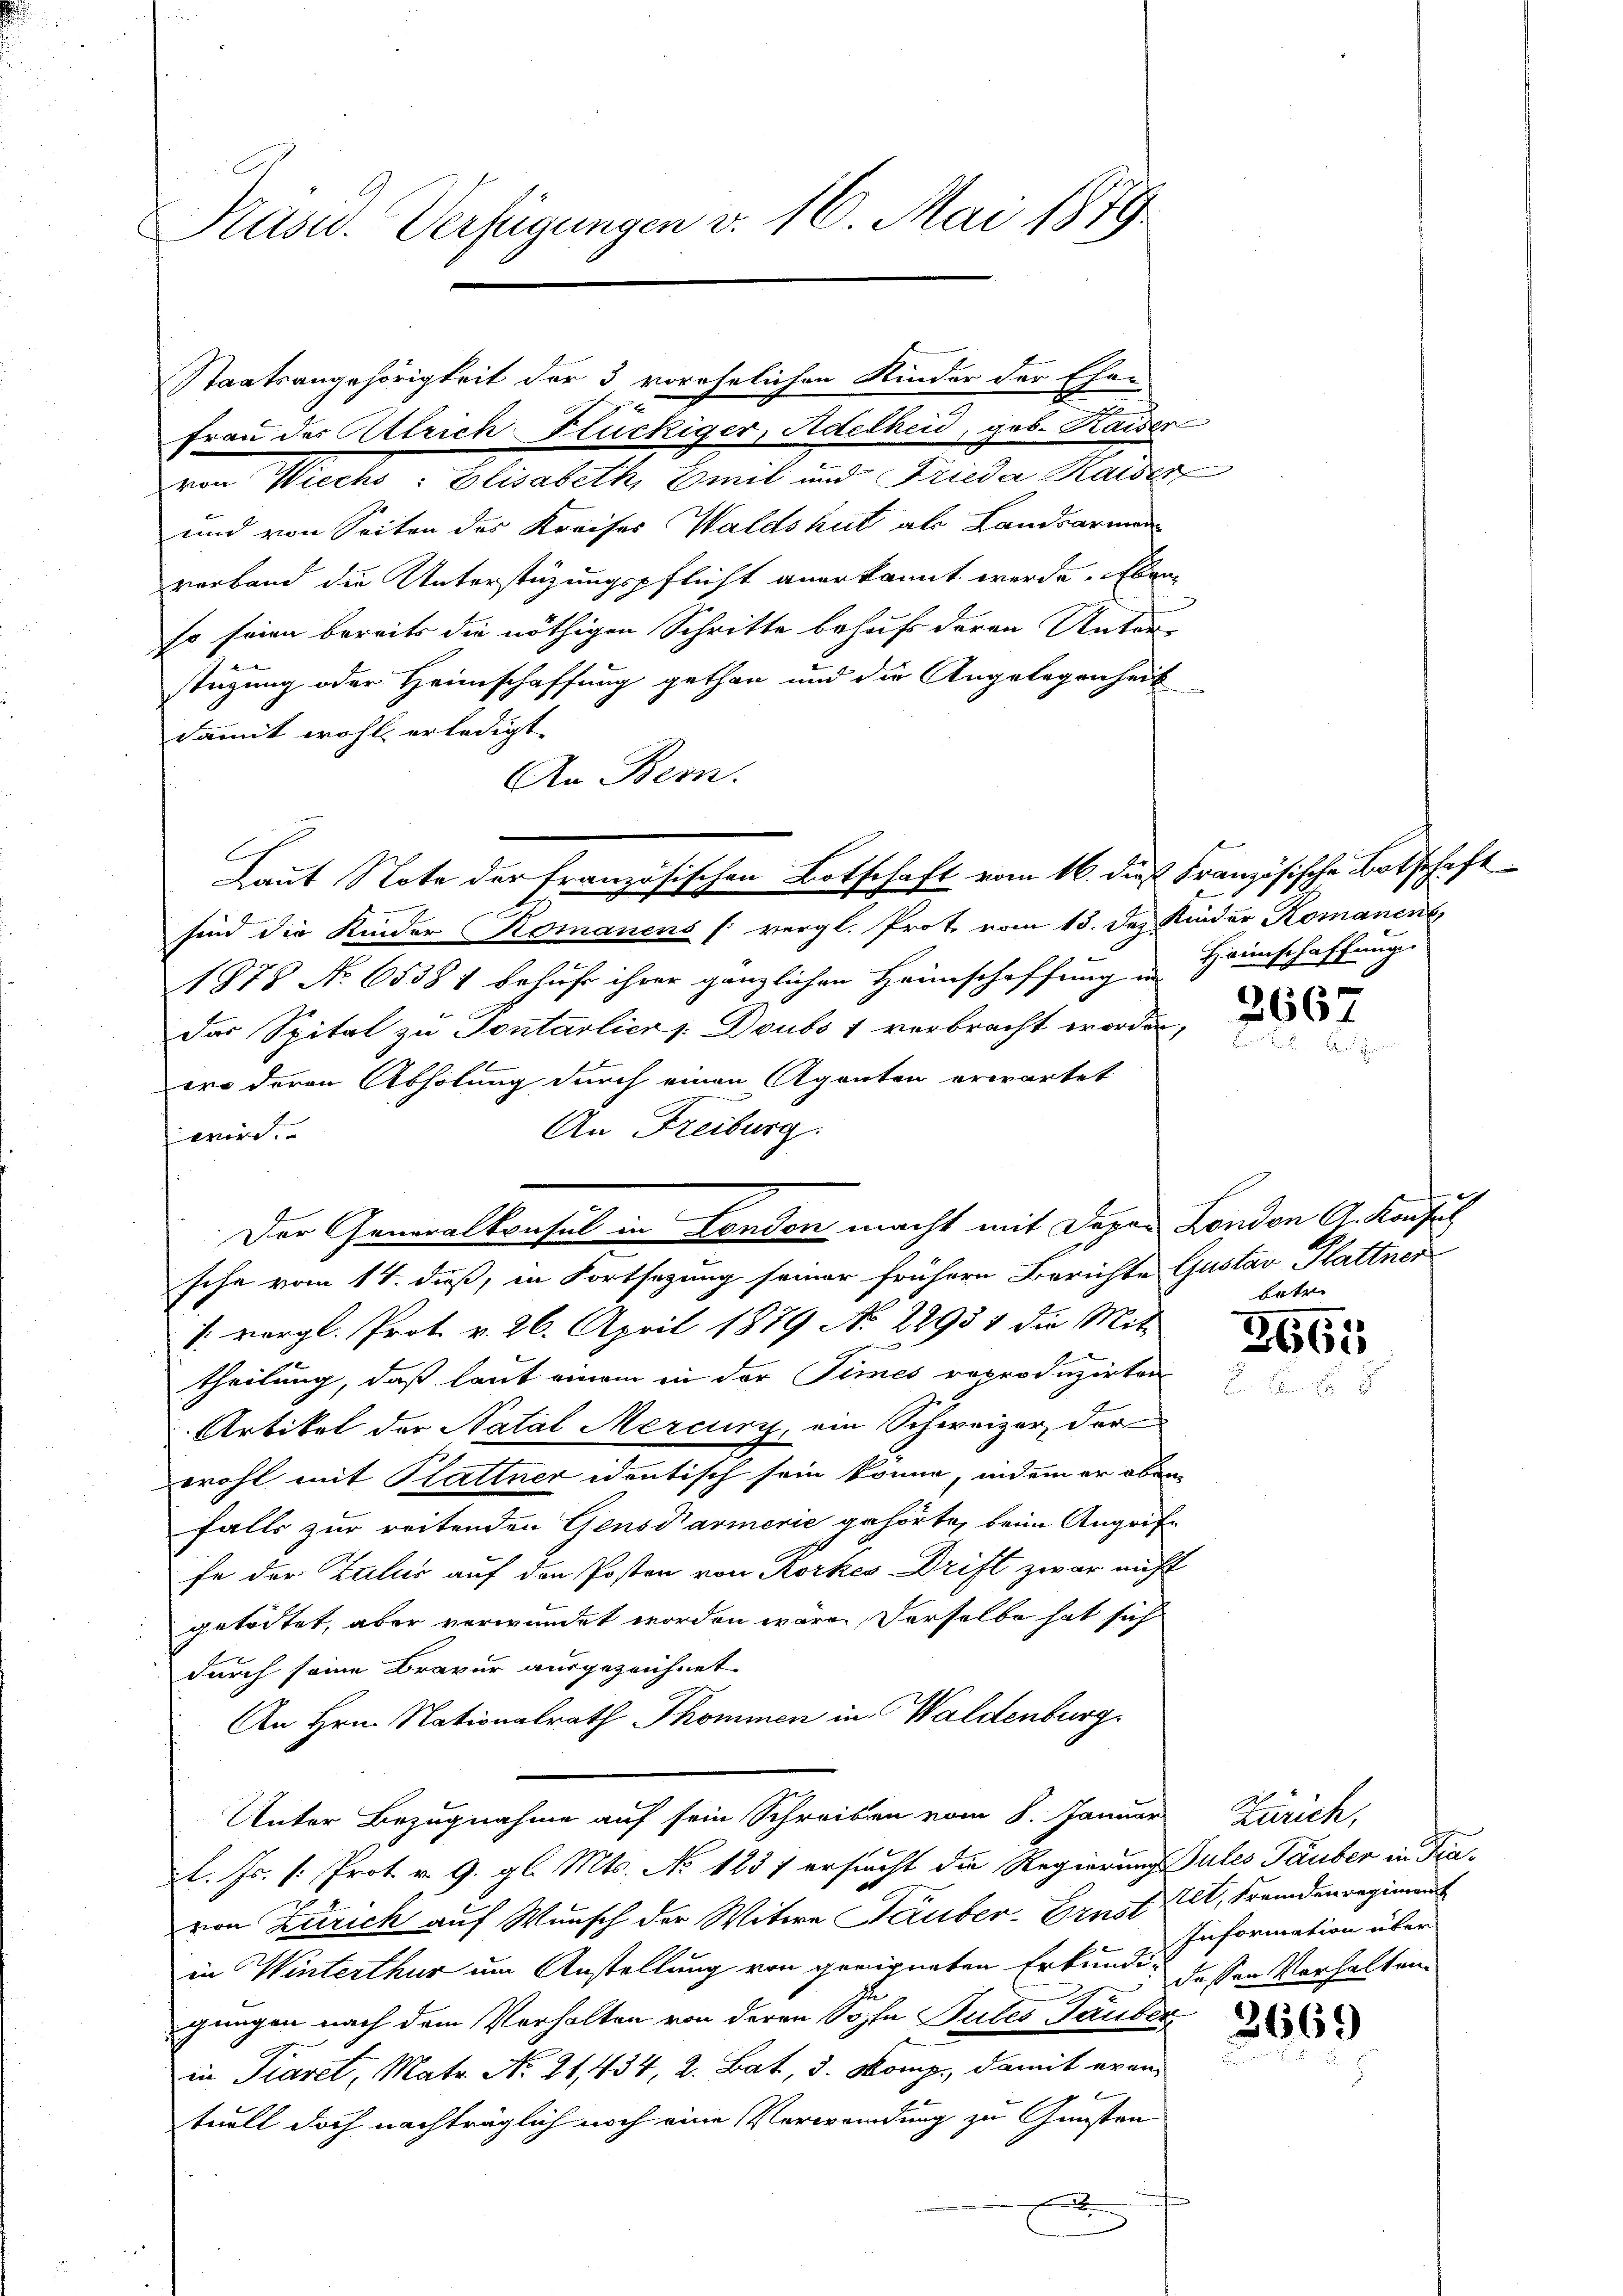
Pasid. Verfügungen v. 16. Mai 1879.

von Wiechs: Elisabeth, Emil und Frieda Kaiser
und von Seiten des Kreises Waldshut als Landsarmen
verband die Unterstüzungspflicht anerkannt werde. Eben
so seien bereits die nöthigen Schritte behufs deren Unter-
stüzung oder Heimschaffung gethan und die Angelegenheit
damit wohl erledigt.
An Bern.
C.
sind die Kinder Komanens (vergl. Prot. vom 13. dez. Kinder Komanen
1878 No. 65381 behuf ihrer gänzlichen Heimschaffung in
das Spital zu Pontarliers. Doubs 1 verbracht worden,
ero deren Abholung durch einen Agenten erwartet
An Freiburg.
wird.
sche vom 14. dieß, in Fortsazung seiner frühern Berichte Gustav Plattner
/. vergl. Prot. v. 26. April 1879 No 22931 die Mit-
theilung, daß laut einem in der Times reproduzirten
Artikel der Natal Mercurz, ein Schweizer der
wohl mit Plattner identisch sein könne, indem er aben
falls zur reitenden Gensdarmerie gehörte, beim Angriffe der Talić auf den Posten von Korkes Drift zwar nicht
getödtet, aber verwundet worden wären, derselbe hat sich
durch seine Bravur ausgezeichnet.
An Hrn. Nationalrath Thommen in Waldenburg.
Unter Bezugnahme auf sein Schreiben vom 8. Januar Zürich,
l. Js. (: Prot. v. 9. gl. Mts. No 1237 ersucht die Regierung Gules Tauber in Fravon Zürich auf Wunsch der Witwe Tauber-Ernst et, Fremdenregiment
in Winterthur um Anstellung von geeigneten Erkunde dessen Verhalten
gungen nach dem Verhalten von deren Sohn Pules Tauber
in Tieret, Matr. No. 21,434, 2. Bat, 3. Komp., damit evanf
tuell doch nachträglich noch eine Verwendung zu Gunsten
e

Staatsangehörigkeit der 3 vorehelichen Kinder der Eher
m
Frau der Allrich Flückiger, Adelheid, geb. Kaiser

Laut Note der französischen Botschaft vom 16. dieß Französische Botschaft

Der Generalkonsul in London macht mit Dozen London G. Konfus

f
Heimschaffung

.

2667

3661

3669

betr.

Information über